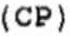
(CP)